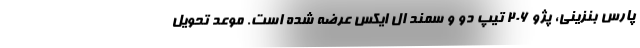
پارس بنزینی، پژو ۲۰۶ تیپ دو و سمند ال ایکس عرضه شده است. موعد تحویل